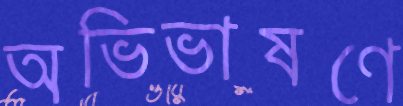
অভিভাষণে